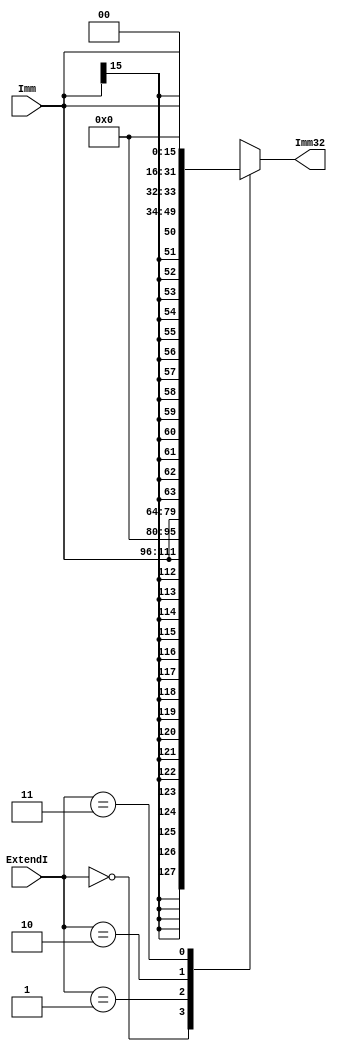
// 
module ExtendImm(
	input [15:0] Imm,
	input [1:0] ExtendI,
	output reg [31:0] Imm32
);
	always @(*)
	begin
		case (ExtendI)
		2'd0:
			Imm32 <= {{16{Imm[15]}}, Imm};
		2'd1:
			Imm32 <= {{16{1'b0}}, Imm};
		2'd2:
			Imm32 <= {{14{Imm[15]}}, Imm, 2'b0};
		2'd3:
			Imm32 <= {Imm, 16'b0};
		endcase
	end
endmodule